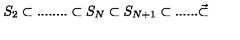
S _ { 2 } \subset . . . . . . . . \subset S _ { N } \subset S _ { N + 1 } \subset . . . . . . \vec { \subset }